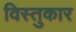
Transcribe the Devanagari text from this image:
विस्तुकार